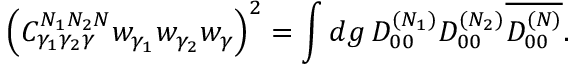
\nonumber \left( C _ { \gamma _ { 1 } \gamma _ { 2 } \gamma } ^ { N _ { 1 } N _ { 2 } N } w _ { \gamma _ { 1 } } w _ { \gamma _ { 2 } } w _ { \gamma } \right) ^ { 2 } = \int d g \, D _ { 0 0 } ^ { ( N _ { 1 } ) } D _ { 0 0 } ^ { ( N _ { 2 } ) } \overline { { { D _ { 0 0 } ^ { ( N ) } } } } .